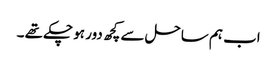
اب ہم ساحل سے کچھ دور ہو چکے تھے ۔